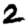
Digit: 2